Leaving Certificate Examination, 1917, 1917
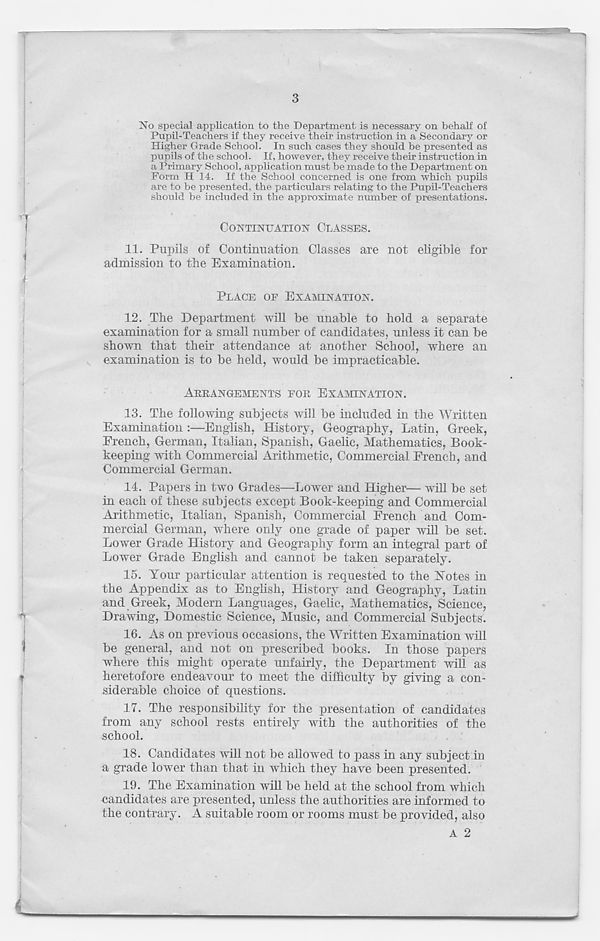
3
No special application to the Department is necessary on behalf of
Pupil-Teachers if they receive their instruction in a Secondary or
Higher Grade School. In such cases they should be presented as
pupils of the school. If, however, they receive their instruction in
a Primary School, application must be made to the Department on
Form H 14. If the School concerned is one from which pupils
are to be presented, the particulars relating to the Pupil-Teachers
should be included in the approximate number of presentations.
CONTINUATION CLASSES.
11. Pupils of Continuation Classes are not eligible for
admission to the Examination.
PLACE OF EXAMINATION.
12. The Department will be unable to hold a separate
examination for a small number of candidates, unless it can be
shown that their attendance at another School, where an
examination is to be held, would be impracticable.
ARRANGEMENTS FOR EXAMINATION.
13. The following subjects will be included in the Written
Examination :—English, History, Geography, Latin, Greek,
French, German, Italian, Spanish, Gaelic, Mathematics, Book-
keeping with Commercial Arithmetic, Commercial French, and
Commercial German.
14. Papers in two Grades—Lower and Higher— will be set
in each of these subjects except Book-keeping and Commercial
Arithmetic, Italian, Spanish, Commercial French and Com-
mercial German, where only one grade of paper will be set.
Lower Grade History and Geography form an integral part of
Lower Grade English and cannot be taken separately.
15. Your particular attention is requested to the Yotes in
the Appendix as to English, History and Geography, Latin
and Greek, Modern Languages, Gaelic, Mathematics, Science,
Drawing, Domestic Science, Music, and Commercial Subjects.
16. As on previous occasions, the Written Examination will
be general, and not on prescribed books. In those papers
where this might operate unfairly, the Department will as
heretofore endeavour to meet the difficulty by giving a con-
siderable choice of questions.
17. The responsibility for the presentation of candidates
from any school rests entirely with the authorities of the
school.
18. Candidates will not be allowed to pass in any subject in
a grade lower than that in which they have been presented.
19. The Examination will be held at the school from which
candidates are presented, unless the authorities are informed to
the contrary. A suitable room or rooms must be provided, also
A 2